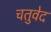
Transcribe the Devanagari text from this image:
चतुवेद